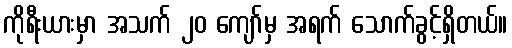
ကိုရီးယားမှာ အသက် ၂၀ ကျော်မှ အရက် သောက်ခွင့်ရှိတယ်။